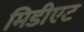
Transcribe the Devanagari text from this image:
मिडीएट